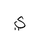
Letter: _ya